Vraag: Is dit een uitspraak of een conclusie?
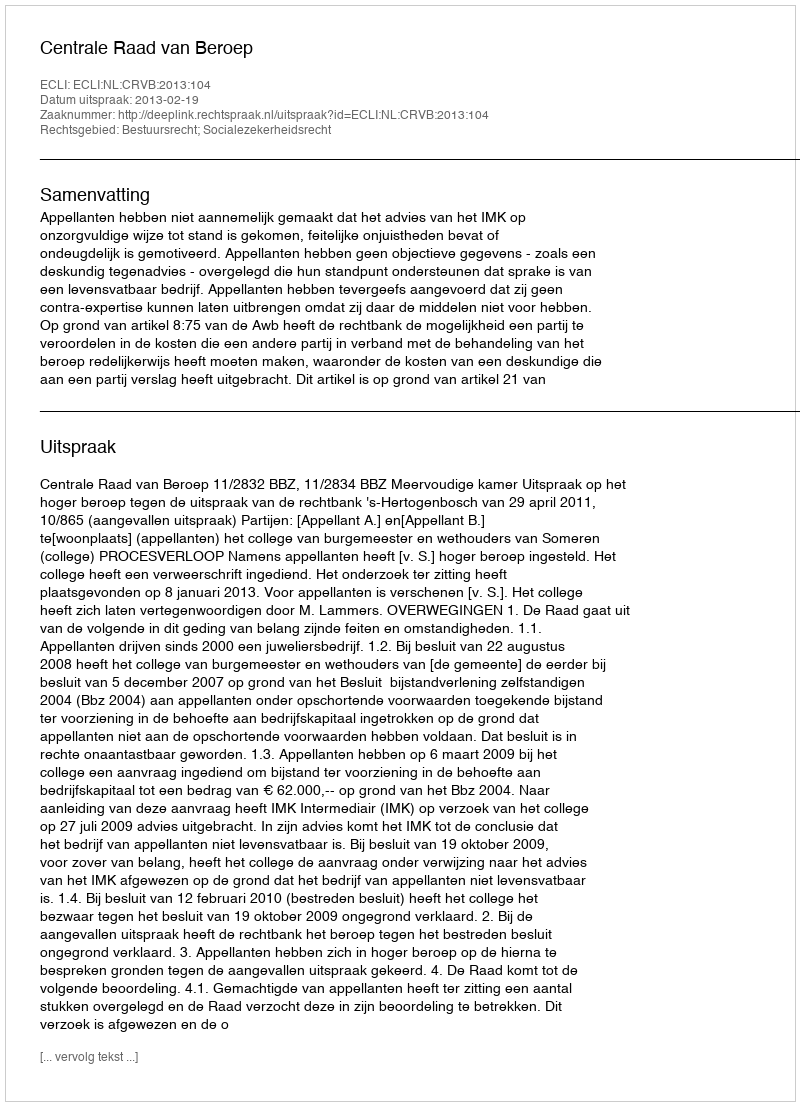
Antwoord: Uitspraak